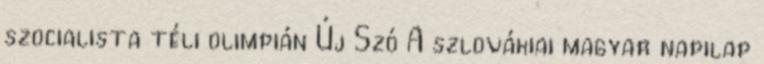
szocialista téli olimpián Új Szó A szlovákiai magyar napilap